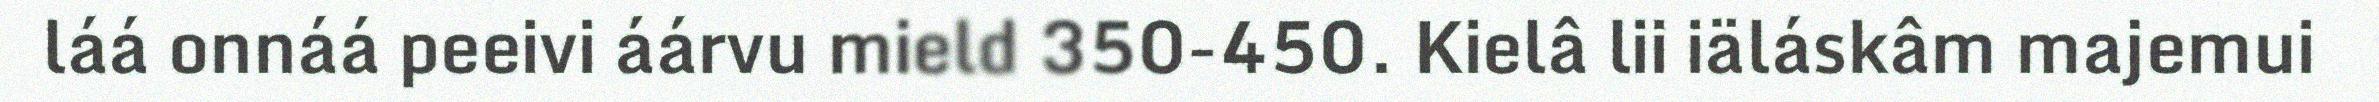
láá onnáá peeivi áárvu mield 350-450. Kielâ lii iäláskâm majemui